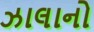
ઝાલાનો